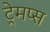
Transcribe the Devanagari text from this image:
ट्रेमप्स